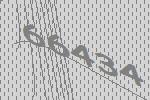
66434